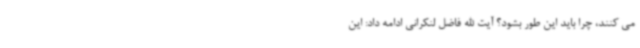
می کنند، چرا باید این طور بشود؟ آیت الله فاضل لنکرانی ادامه داد: این